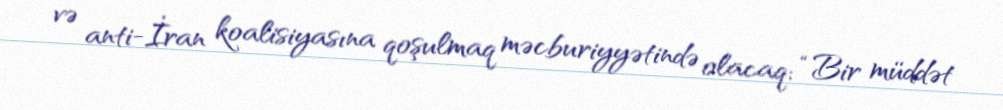
və anti-İran koalisiyasına qoşulmaq məcburiyyətində olacaq: “Bir müddət